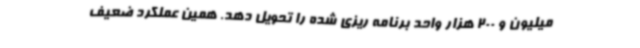
میلیون و 200 هزار واحد برنامه ریزی شده را تحویل دهد. همین عملکرد ضعیف